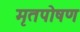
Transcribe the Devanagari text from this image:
मृतपोषण